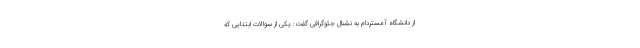
از دانشگاه آمستردام به نشنال جئوگرافی گفت: یکی از سوالات ابتدایی که